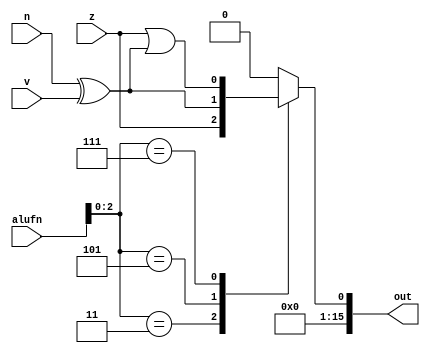
/*
   This file was generated automatically by Alchitry Labs version 1.2.7.
   Do not edit this file directly. Instead edit the original Lucid source.
   This is a temporary file and any changes made to it will be destroyed.
*/

module compare_16_19 (
    input z,
    input v,
    input n,
    input [5:0] alufn,
    output reg [15:0] out
  );
  
  
  
  always @* begin
    out = 16'h0000;
    
    case (alufn[0+2-:3])
      default: begin
        out[0+0-:1] = 1'h0;
      end
      3'h3: begin
        out[0+0-:1] = z;
      end
      3'h5: begin
        out[0+0-:1] = n ^ v;
      end
      3'h7: begin
        out[0+0-:1] = z | (n ^ v);
      end
    endcase
  end
endmodule